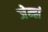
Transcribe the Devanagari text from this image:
जेन्हां